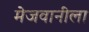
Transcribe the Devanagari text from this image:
मेजवानीला